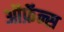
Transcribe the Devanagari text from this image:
ऑफ़ॅन्स